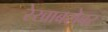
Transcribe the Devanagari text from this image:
रेखाबरोबर